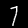
Digit: 7